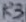
Text: R3